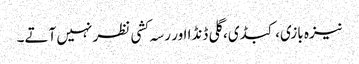
نیزہ بازی، کبڈی، گلی ڈنڈا اور رسہ کشی نظر نہیں آتے۔